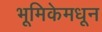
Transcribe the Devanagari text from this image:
भूमिकेमधून